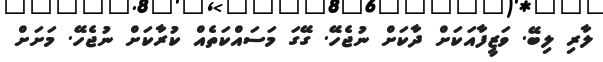
ލާރި ލިބޭ. ވަޒީފާއަކަށް ދާކަށް ނުޖެހޭ. ގޭގަ މަސައްކަތެއް ކުރާކަށް ނުޖެހޭ. މަށަށް